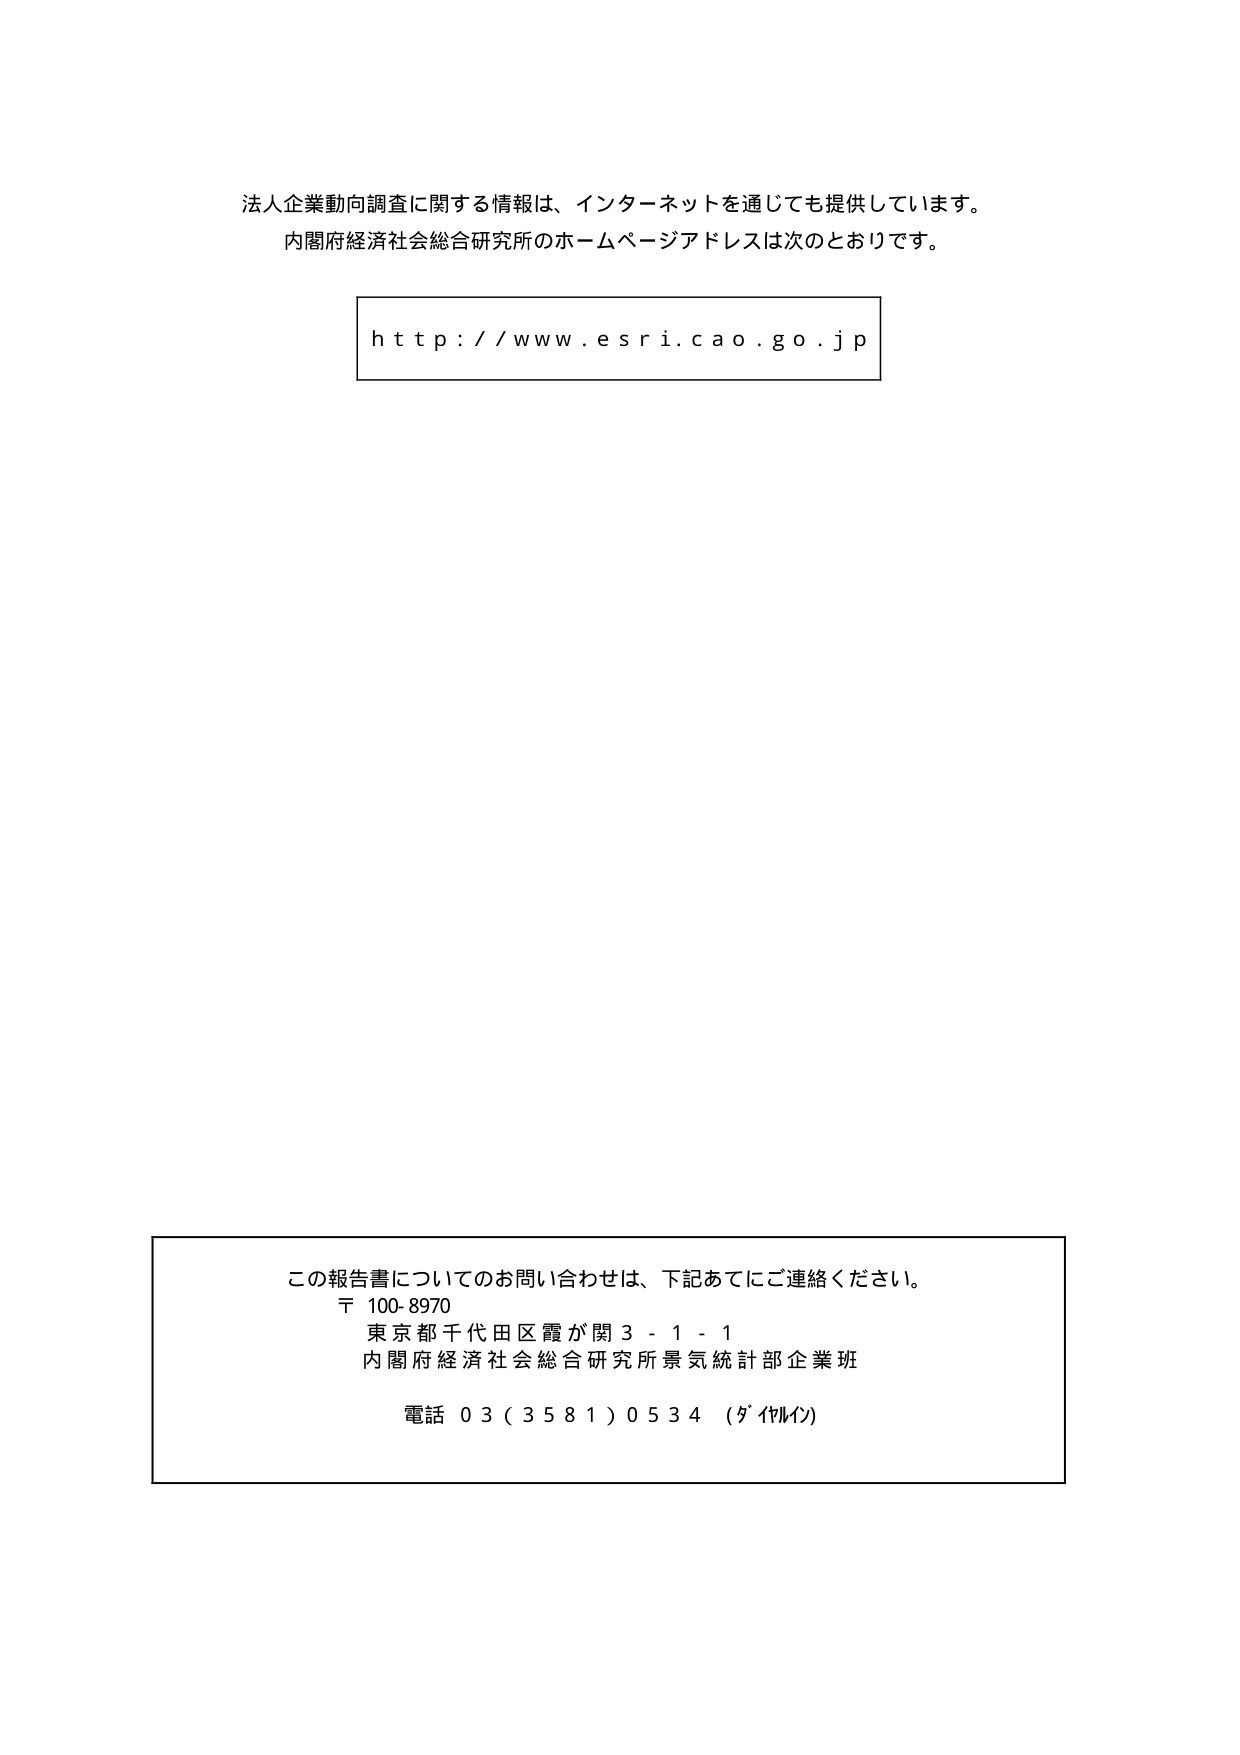
法人企業動向調査に関する情報は、インターネットを通じても提供しています。
内閣府経済社会総合研究所のホームページアドレスは次のとおりです。

http://www.esri.cao.go.jp

この報告書についてのお問い合わせは、下記あてにご連絡ください。
〒 100-8970
東京都千代田区霞が関3-1-1
内閣府経済社会総合研究所景気統計部企業班
電話 03（3581）0534（ダイヤルイン）